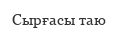
Сырғасы таю